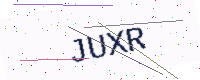
Text: JUXR